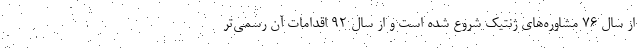
از سال ۷۶ مشاوره‌های ژنتیک شروع شده است و از سال ۹۲ اقدامات آن رسمی‌تر